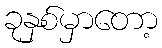
ခုနှစ်မှာတော့